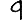
Digit: 9